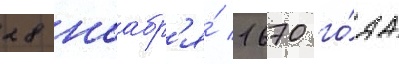
28 ноабр'я́ 1670 го́да